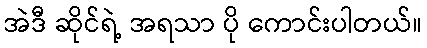
အဲဒီ ဆိုင်ရဲ့ အရသာ ပို ကောင်းပါတယ်။